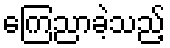
ကြေညာခဲ့သည့်